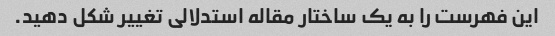
این فهرست را به یک ساختار مقاله استدلالی تغییر شکل دهید.